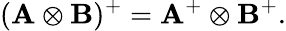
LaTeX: (\mathbf{A}\otimes\mathbf{B})^{+}=\mathbf{A}^{+}\otimes\mathbf{B}^{+}.